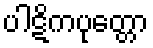
ပါဋိကပုတ္တော